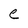
Character: e